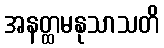
အနတ္ထမနုသာသတိ